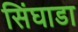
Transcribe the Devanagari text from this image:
सिंघाडा